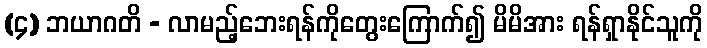
(၄) ဘယာဂတိ - လာမည့်ဘေးရန်ကိုတွေးကြောက်၍ မိမိအား ရန်ရှာနိုင်သူကို